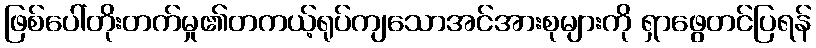
ဖြစ်ပေါ်တိုးတက်မှု၏တကယ့်ရုပ်ကျသောအင်အားစုများကို ရှာဖွေတင်ပြရန်